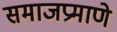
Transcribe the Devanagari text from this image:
समाजप्रमाणे